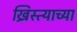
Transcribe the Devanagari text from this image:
ख्रिस्त्याच्या